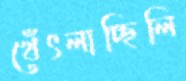
থেঁৎলাচ্ছিলি